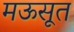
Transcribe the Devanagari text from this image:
मऊसूत